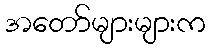
အတော်များများက